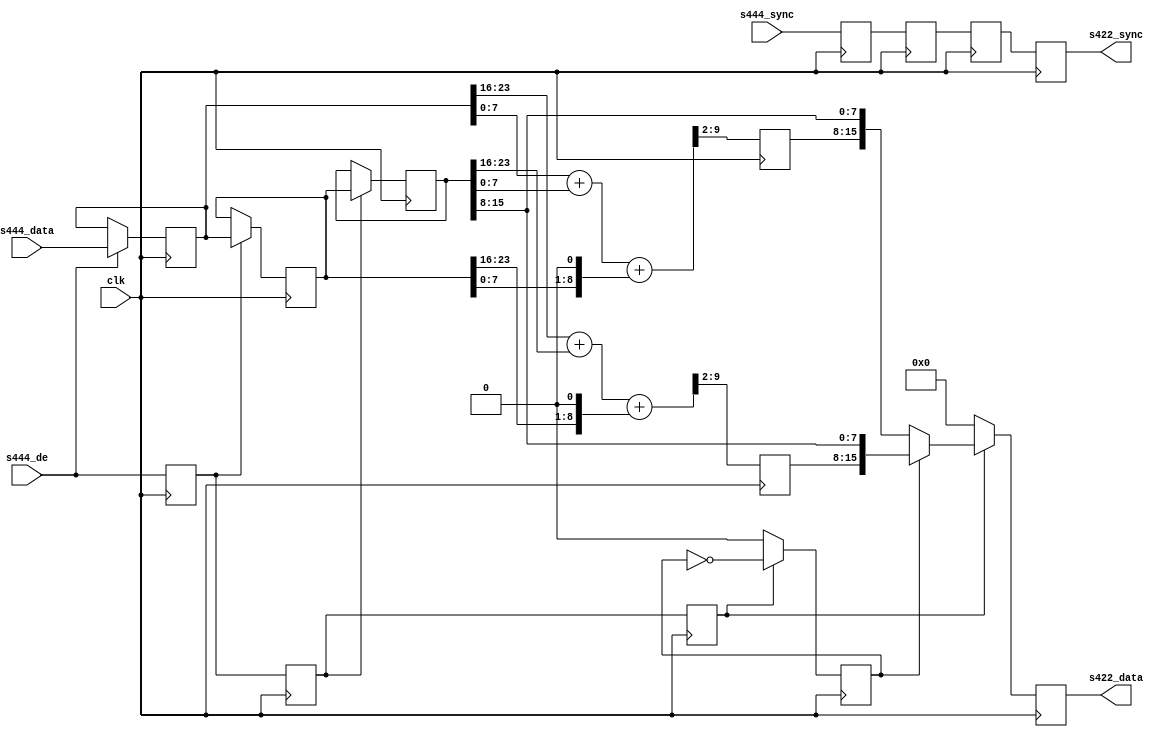
module ad_ss_444to422 (

  // 444 inputs

  clk,
  s444_de,
  s444_sync,
  s444_data,

  // 422 outputs

  s422_sync,
  s422_data);

  // parameters

  parameter   Cr_Cb_N = 0;
  parameter   DELAY_DATA_WIDTH = 16;
  localparam  DW = DELAY_DATA_WIDTH - 1;

  // 444 inputs

  input           clk;
  input           s444_de;
  input   [DW:0]  s444_sync;
  input   [23:0]  s444_data;

  // 422 outputs

  output  [DW:0]  s422_sync;
  output  [15:0]  s422_data;

  // internal registers

  reg             s444_de_d = 'd0;
  reg     [DW:0]  s444_sync_d = 'd0;
  reg     [23:0]  s444_data_d = 'd0;
  reg             s444_de_2d = 'd0;
  reg     [DW:0]  s444_sync_2d = 'd0;
  reg     [23:0]  s444_data_2d = 'd0;
  reg             s444_de_3d = 'd0;
  reg     [DW:0]  s444_sync_3d = 'd0;
  reg     [23:0]  s444_data_3d = 'd0;
  reg     [ 7:0]  cr = 'd0;
  reg     [ 7:0]  cb = 'd0;
  reg             cr_cb_sel = 'd0;
  reg     [DW:0]  s422_sync = 'd0;
  reg     [15:0]  s422_data = 'd0;

  // internal wires

  wire    [ 9:0]  cr_s;
  wire    [ 9:0]  cb_s;

  // fill the data pipe lines, hold the last data on edges 

  always @(posedge clk) begin
    s444_de_d <= s444_de;
    s444_sync_d <= s444_sync;
    if (s444_de == 1'b1) begin
      s444_data_d <= s444_data;
    end
    s444_de_2d <= s444_de_d;
    s444_sync_2d <= s444_sync_d;
    if (s444_de_d == 1'b1) begin
      s444_data_2d <= s444_data_d;
    end
    s444_de_3d <= s444_de_2d;
    s444_sync_3d <= s444_sync_2d;
    if (s444_de_2d == 1'b1) begin
      s444_data_3d <= s444_data_2d;
    end
  end

  // get the average 0.25*s(n-1) + 0.5*s(n) + 0.25*s(n+1)

  assign cr_s = {2'd0, s444_data_d[23:16]} +
                {2'd0, s444_data_3d[23:16]} +
                {1'd0, s444_data_2d[23:16], 1'd0};

  assign cb_s = {2'd0, s444_data_d[7:0]} +
                {2'd0, s444_data_3d[7:0]} +
                {1'd0, s444_data_2d[7:0], 1'd0};

  always @(posedge clk) begin
    cr <= cr_s[9:2];
    cb <= cb_s[9:2];
    if (s444_de_3d == 1'b1) begin
      cr_cb_sel <= ~cr_cb_sel;
    end else begin
      cr_cb_sel <= Cr_Cb_N;
    end
  end

  // 422 outputs

  always @(posedge clk) begin
    s422_sync <= s444_sync_3d;
    if (s444_de_3d == 1'b0) begin
      s422_data <= 'd0;
    end else if (cr_cb_sel == 1'b1) begin
      s422_data <= {cr, s444_data_3d[15:8]};
    end else begin
      s422_data <= {cb, s444_data_3d[15:8]};
    end
  end

endmodule